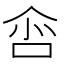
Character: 𠲒